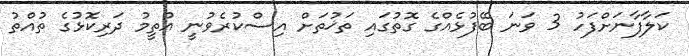
ކަލާފާނަށްފަހު 3 ވަނަ ބޭފުޅެއްގެ ގޮތުގައި ތަޚުތަށް އިސްކުރެވުނީ އުތީމު ދަރިކޮޅުގެ ތުއްތު